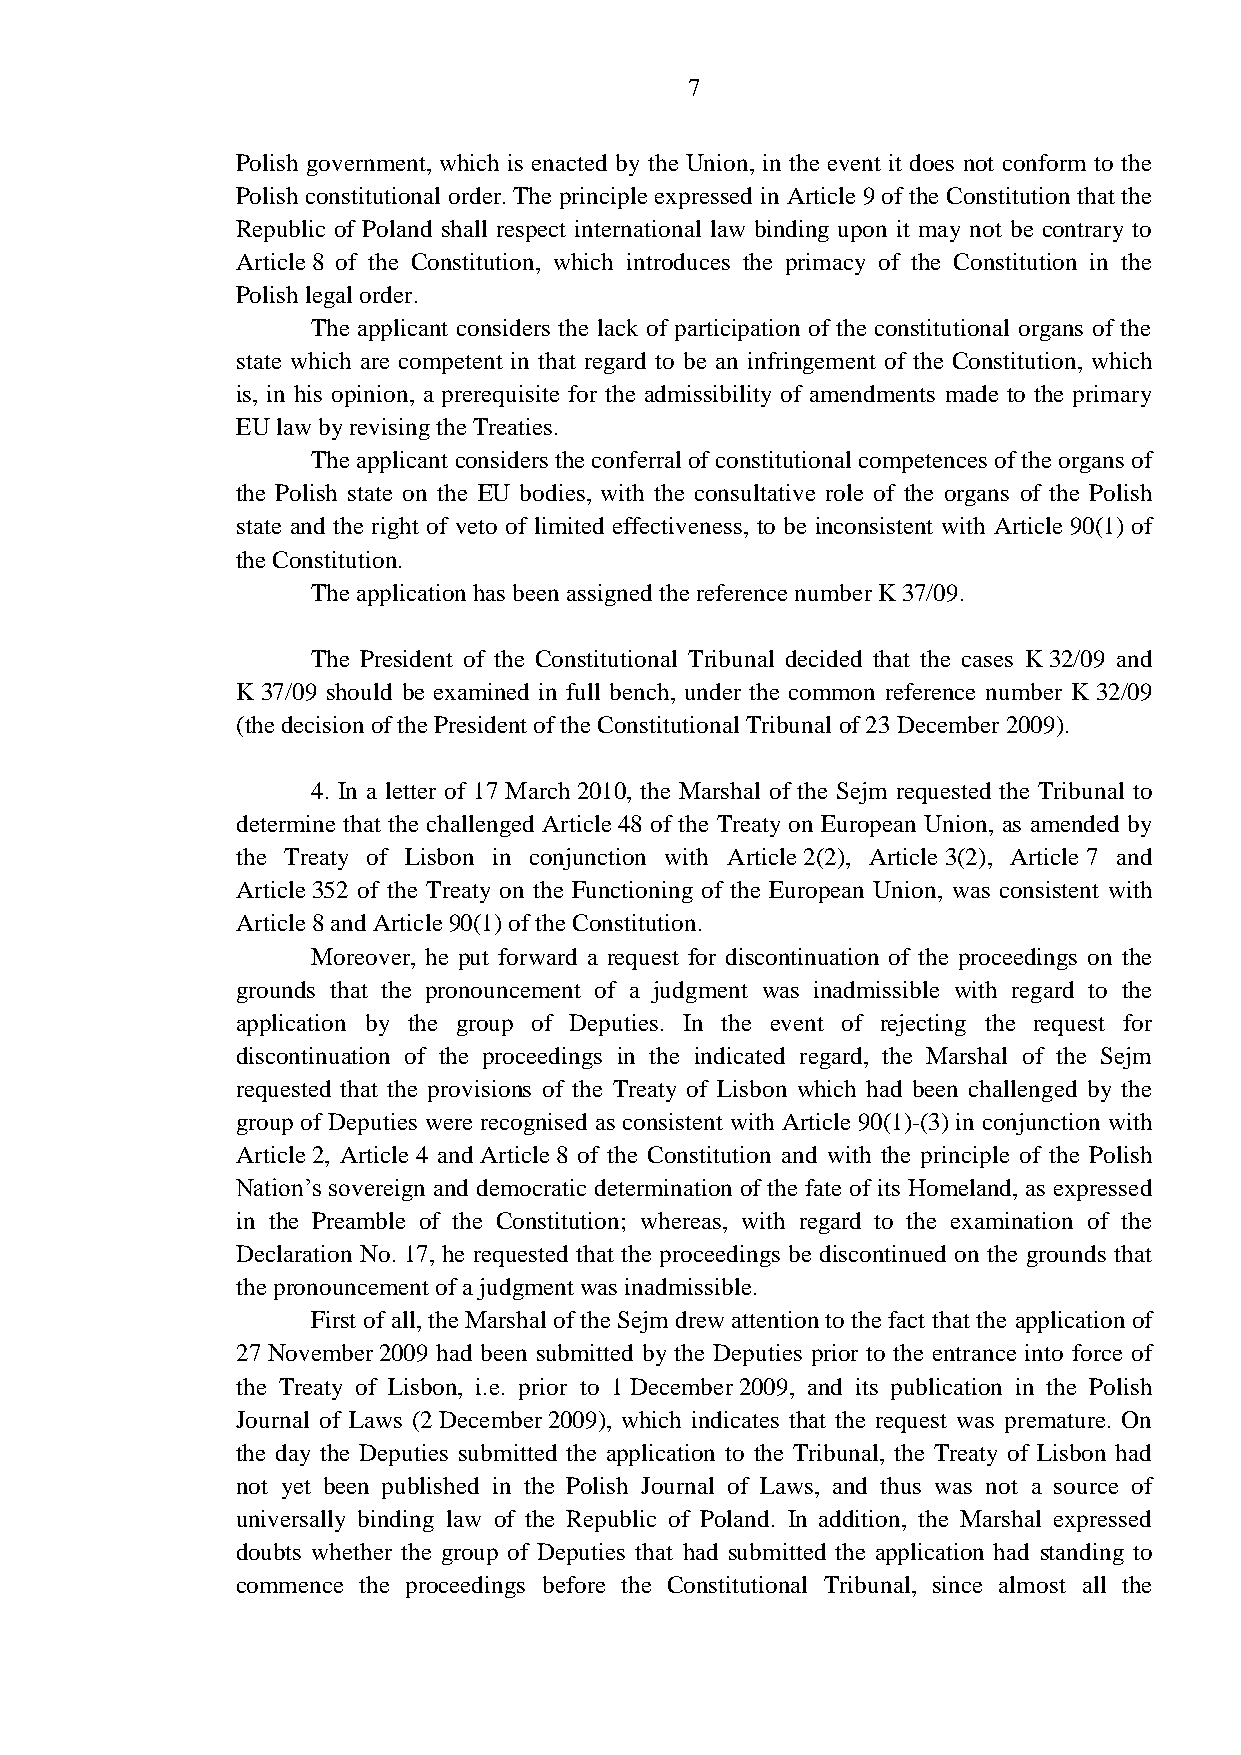
7
 Polish government, which is enacted by the Union, in the event it does not conform to the
 Polish constitutional order. The principle expressed in Article 9 of the Constitution that the
 Republic of Poland shall respect international law binding upon it may not be contrary to
 Article 8 of the Constitution, which introduces the primacy of the Constitution in the
 Polish legal order.
 The applicant considers the lack of participation of the constitutional organs of the
 state which are competent in that regard to be an infringement of the Constitution, which
 is, in his opinion, a prerequisite for the admissibility of amendments made to the primary
 EU law by revising the Treaties.
 The applicant considers the conferral of constitutional competences of the organs of
 the Polish state on the EU bodies, with the consultative role of the organs of the Polish
 state and the right of veto of limited effectiveness, to be inconsistent with Article 90(1) of
 the Constitution.
 The application has been assigned the reference number K 37/09.
 The President of the Constitutional Tribunal decided that the cases K 32/09 and
 K 37/09 should be examined in full bench, under the common reference number K 32/09
 (the decision of the President of the Constitutional Tribunal of 23 December 2009).
 4. In a letter of 17 March 2010, the Marshal of the Sejm requested the Tribunal to
 determine that the challenged Article 48 of the Treaty on European Union, as amended by
 the Treaty of Lisbon in conjunction with Article 2(2), Article 3(2), Article 7 and
 Article 352 of the Treaty on the Functioning of the European Union, was consistent with
 Article 8 and Article 90(1) of the Constitution.
 Moreover, he put forward a request for discontinuation of the proceedings on the
 grounds that the pronouncement of a judgment was inadmissible with regard to the
 application by the group of Deputies. In the event of rejecting the request for
 discontinuation of the proceedings in the indicated regard, the Marshal of the Sejm
 requested that the provisions of the Treaty of Lisbon which had been challenged by the
 group of Deputies were recognised as consistent with Article 90(1)-(3) in conjunction with
 Article 2, Article 4 and Article 8 of the Constitution and with the principle of the Polish
 Nation’s sovereign and democratic determination of the fate of its Homeland, as expressed
 in the Preamble of the Constitution; whereas, with regard to the examination of the
 Declaration No. 17, he requested that the proceedings be discontinued on the grounds that
 the pronouncement of a judgment was inadmissible.
 First of all, the Marshal of the Sejm drew attention to the fact that the application of
 27 November 2009 had been submitted by the Deputies prior to the entrance into force of
 the Treaty of Lisbon, i.e. prior to 1 December 2009, and its publication in the Polish
 Journal of Laws (2 December 2009), which indicates that the request was premature. On
 the day the Deputies submitted the application to the Tribunal, the Treaty of Lisbon had
 not yet been published in the Polish Journal of Laws, and thus was not a source of
 universally binding law of the Republic of Poland. In addition, the Marshal expressed
 doubts whether the group of Deputies that had submitted the application had standing to
 commence the proceedings before the Constitutional Tribunal, since almost all the